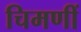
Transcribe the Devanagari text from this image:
चिमणीं